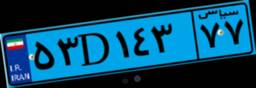
۳۹D۸۷۵۸۸